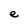
Character: e